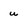
Character: u